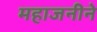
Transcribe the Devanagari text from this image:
महाजनीने